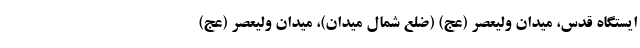
ایستگاه قدس، میدان ولیعصر (عج) (ضلع شمال میدان)، میدان ولیعصر (عج)